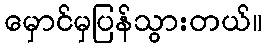
မှောင်မှပြန်သွားတယ်။